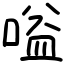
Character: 嗌